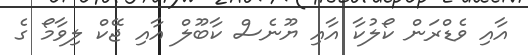
އާއި ވެޑްރަން ކޯލުކާ އާއި ޔޫނެސް ކާބޫލް އާއި ޖޭކް ލިވާމޯ ގެ